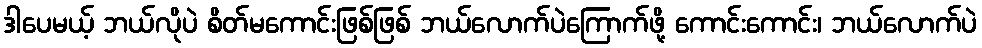
ဒါပေမယ့် ဘယ်လိုပဲ စိတ်မကောင်းဖြစ်ဖြစ် ဘယ်လောက်ပဲကြောက်ဖို့ ကောင်းကောင်း၊ ဘယ်လောက်ပဲ